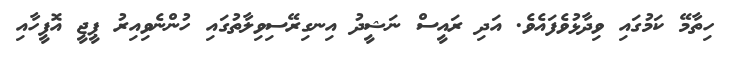
ހިތާމޭ ކަމުގައި ވިދާޅުވެފައެވެ. އަދި ރައީސް ނަޝީދު އިނގިރޭސިވިލާތުގައި ހުންނެވިއިރު ޕީޖީ އޮފީހާއި